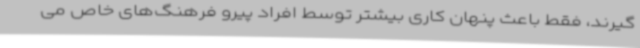
گیرند، فقط باعث پنهان کاری بیشتر توسط افراد پیرو فرهنگ‌های خاص می